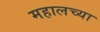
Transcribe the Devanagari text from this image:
महालच्या